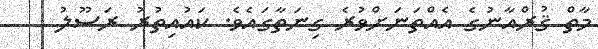
މާތް ޤުރްއާނުގެ އެއްތަނަށްވުރެ ގިނަތާގައެވެ. ކައުއިތުރު ރަސޫލު